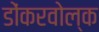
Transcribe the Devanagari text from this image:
डोंकरवोल्क